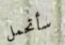
سأتحمل